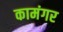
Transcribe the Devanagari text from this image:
कामंगर